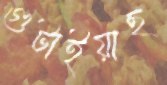
গুটাইয়াছ